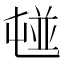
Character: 𡴢